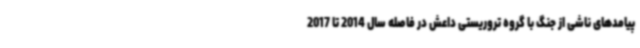
پیامدهای ناشی از جنگ با گروه تروریستی داعش در فاصله سال 2014 تا 2017